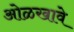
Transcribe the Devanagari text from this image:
ओळखावे